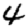
Digit: 4